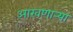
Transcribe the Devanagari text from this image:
आखणार्‍या